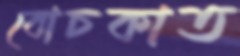
বোচকাত